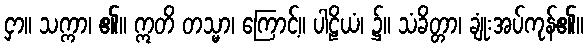
ငှာ။ သက္ကာ၊ ၏။ ဣတိ တသ္မာ၊ ကြောင့်။ ပါဠိယံ၊ ၌။ သံခိတ္တာ၊ ချုံးအပ်ကုန်၏။